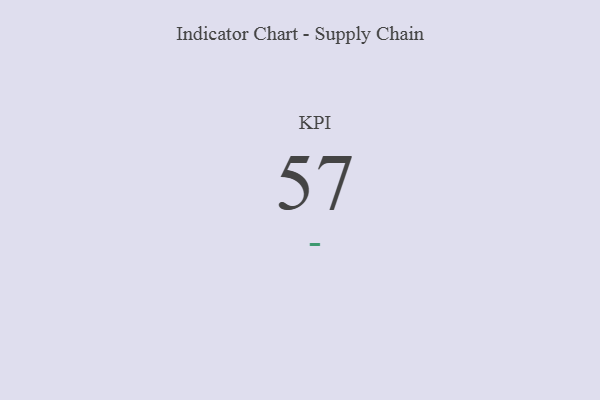
{"axis": {"x": "KPI", "y": "Value"}, "legend": [""], "data": [{"x": "KPI", "y": 57, "type": ""}]}